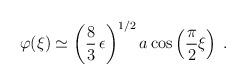
LaTeX: \begin{align*}\varphi(\xi)\simeq\left(\frac{8}{3}\,\epsilon\right)^{1/2}a\cos\left( \frac{\pi}{2}\xi \right)\;.\end{align*}